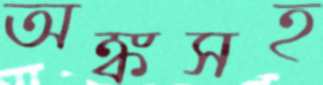
অঙ্কসহ